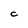
Character: C